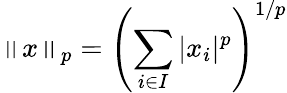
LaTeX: \left\| x\right\| _{p}=\left(\sum_{i\in I}|x_{i}|^{p}\right)^{1/p}